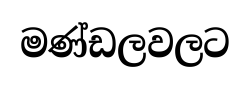
මණ්ඩලවලට